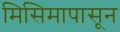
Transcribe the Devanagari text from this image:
मिसिमापासून